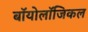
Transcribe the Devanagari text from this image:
बॉयोलॉजिकल